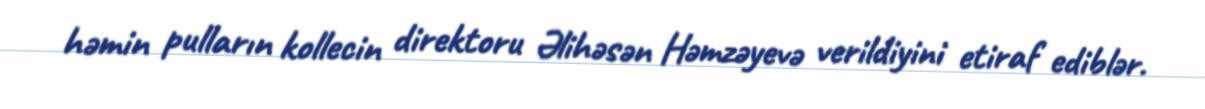
həmin pulların kollecin direktoru Əlihəsən Həmzəyevə verildiyini etiraf ediblər.